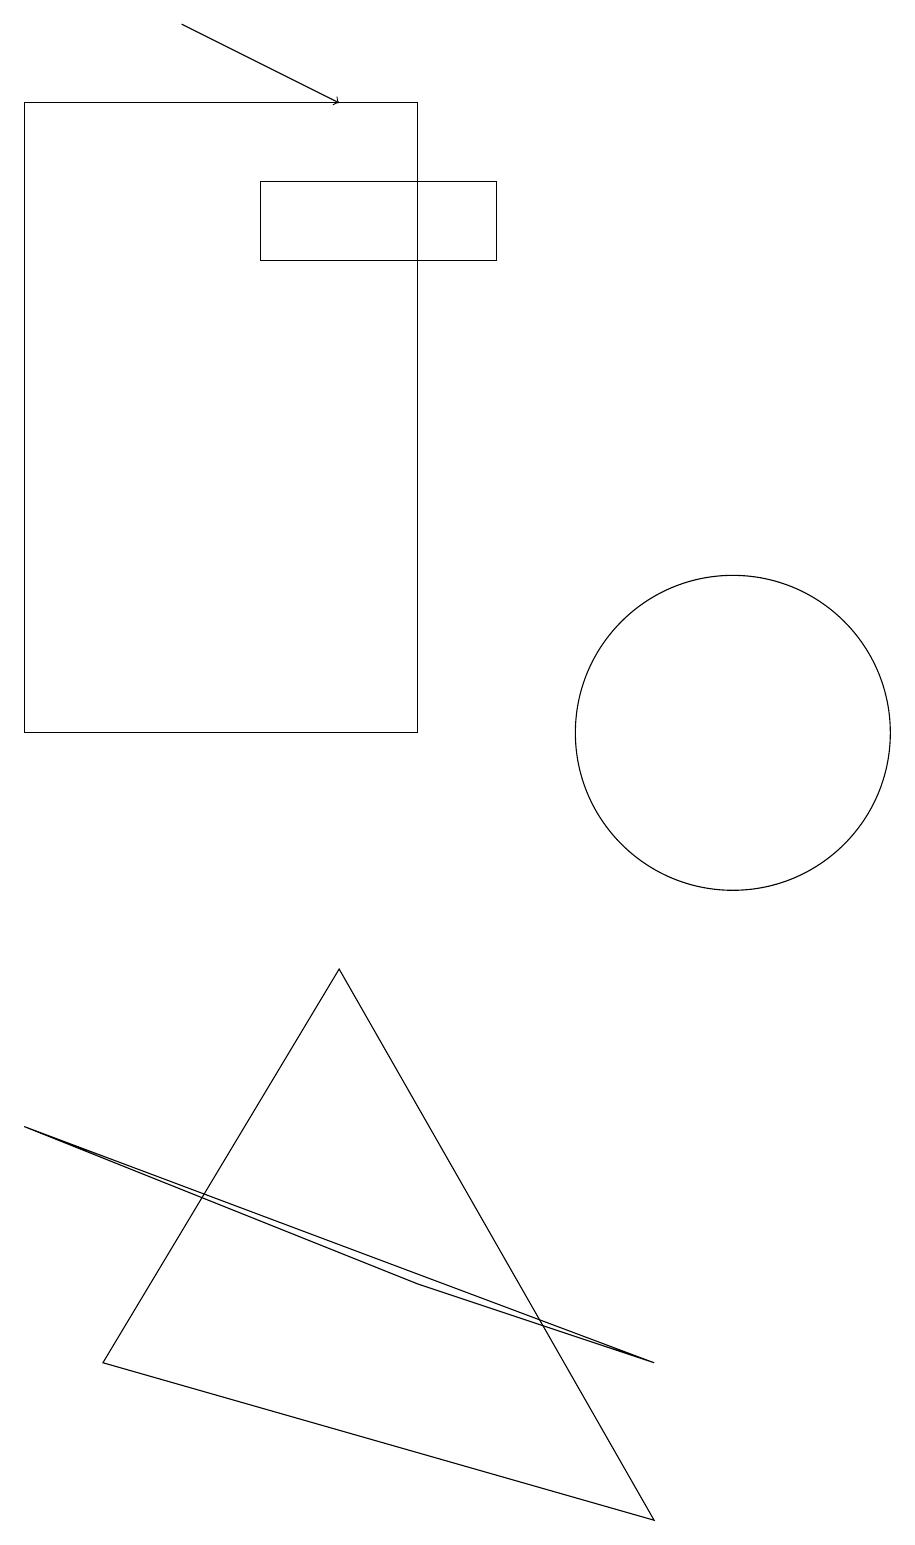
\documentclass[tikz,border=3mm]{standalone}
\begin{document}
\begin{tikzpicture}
\draw (6,18) rectangle (1,10);
\draw (9,0) -- (5,7) -- (2,2) -- cycle;
\draw[->] (3,19) -- (5,18);
\draw (7,17) rectangle (4,16);
\draw (9,2) -- (1,5) -- (6,3) -- cycle;
\draw (10,10) circle (2);
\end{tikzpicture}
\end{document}